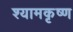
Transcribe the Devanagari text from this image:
श्यामकृष्ण